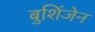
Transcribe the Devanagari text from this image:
बुशिंजेन